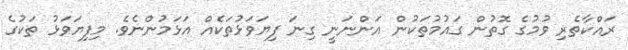
ރައްކާތެރި ވުމުގެ ގޮތުން ގައުމުތަކުން އަންނަނީ ގިނަ ފިޔަވަޅުތަކެއް އަޅަމުންނެވެ. މިފިޔަވަޅު ތަކުގެ